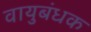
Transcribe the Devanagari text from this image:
वायुबंधक